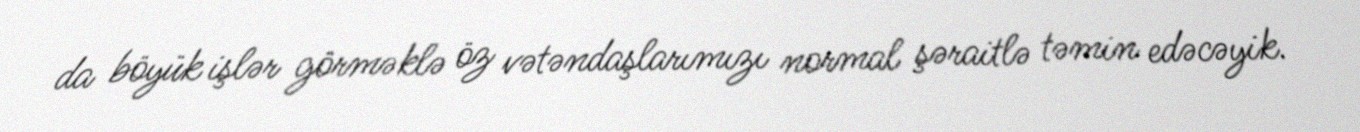
da böyük işlər görməklə öz vətəndaşlarımızı normal şəraitlə təmin edəcəyik.